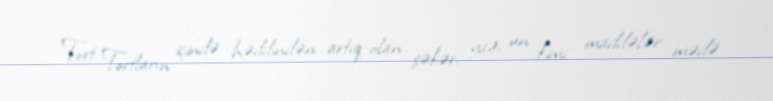
Tort: Tortların içində həddindən artıq olan şəkər, yağ, un kimi maddələr mədə